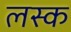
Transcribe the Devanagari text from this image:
लस्क